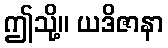
ဤသို့။ ယဒိဇာနာ